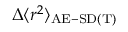
\Delta \langle r ^ { 2 } \rangle _ { \mathrm { A E - S D ( T ) } }